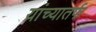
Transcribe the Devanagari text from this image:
यांच्यातर्फ